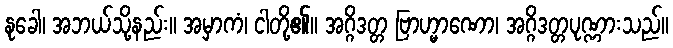
နုခေါ၊ အဘယ်သို့နည်း။ အမှာကံ၊ ငါတို့၏။ အဂ္ဂိဒတ္တ ဗြာဟ္မာဏော၊ အဂ္ဂိဒတ္တပုဏ္ဏားသည်။